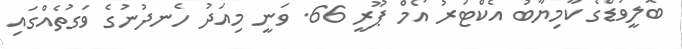
ބޮލީވުޑްގެ ކާމިޔާބު އެކްޓަރު އޯމް ޕޫރީ 66. ވަނީ މިއަދު ހެނދުނުގެ ވަގުތެއްގައި